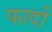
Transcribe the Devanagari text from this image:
फार्दों